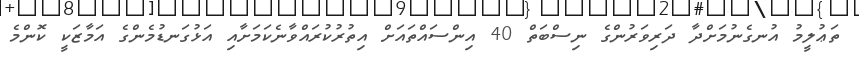
ތަޢުލީމު އުނގެނުމަށްދާ ދަރިވަރުންގެ ނިސްބަތް 40 އިންސައްތައަށް އިތުރުކުރައްވާނެކަމަށާއި އަޅުގަނޑުމެންގެ އަމާޒަކީ ކޮންމެ